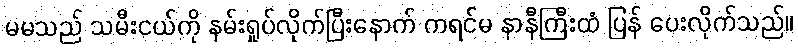
မမသည် သမီးငယ်ကို နမ်းရှုပ်လိုက်ပြီးနောက် ကရင်မ နာနီကြီးထံ ပြန် ပေးလိုက်သည်။